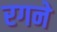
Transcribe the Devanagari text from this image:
रगने